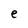
Character: e